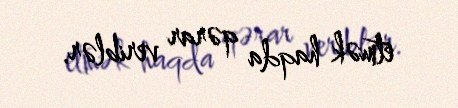
etmək haqda qərar veriblər.